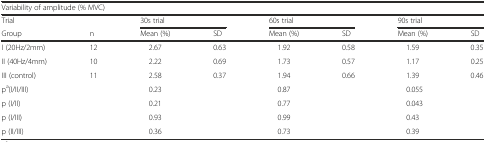
<table><thead><tr><td colspan="8"><b>Variability of amplitude (% MVC)</b></td></tr><tr><td><b>Trial</b></td><td></td><td colspan="2"><b>30s trial</b></td><td colspan="2"><b>60s trial</b></td><td colspan="2"><b>90s trial</b></td></tr><tr><td><b>Group</b></td><td><b>n</b></td><td><b>Mean (%)</b></td><td><b>SD</b></td><td><b>Mean (%)</b></td><td><b>SD</b></td><td><b>Mean (%)</b></td><td><b>SD</b></td></tr></thead><tbody><tr><td>I (20Hz/2mm)</td><td>12</td><td>2.67</td><td>0.63</td><td>1.92</td><td>0.58</td><td>1.59</td><td>0.35</td></tr><tr><td>II (40Hz/4mm)</td><td>10</td><td>2.22</td><td>0.69</td><td>1.73</td><td>0.57</td><td>1.17</td><td>0.25</td></tr><tr><td>III (control)</td><td>11</td><td>2.58</td><td>0.37</td><td>1.94</td><td>0.66</td><td>1.39</td><td>0.46</td></tr><tr><td>p<sup>a</sup>(I/II/III)</td><td></td><td colspan="2">0.23</td><td colspan="2">0.87</td><td colspan="2">0.055</td></tr><tr><td>p (I/II)</td><td></td><td colspan="2">0.21</td><td colspan="2">0.77</td><td colspan="2">0.043</td></tr><tr><td>p (I/III)</td><td></td><td colspan="2">0.93</td><td colspan="2">0.99</td><td colspan="2">0.43</td></tr><tr><td>p (II/III)</td><td></td><td colspan="2">0.36</td><td colspan="2">0.73</td><td colspan="2">0.39</td></tr></tbody></table>